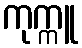
ကုက္ကူ